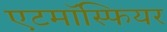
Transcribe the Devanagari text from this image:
एटमॉस्फियर